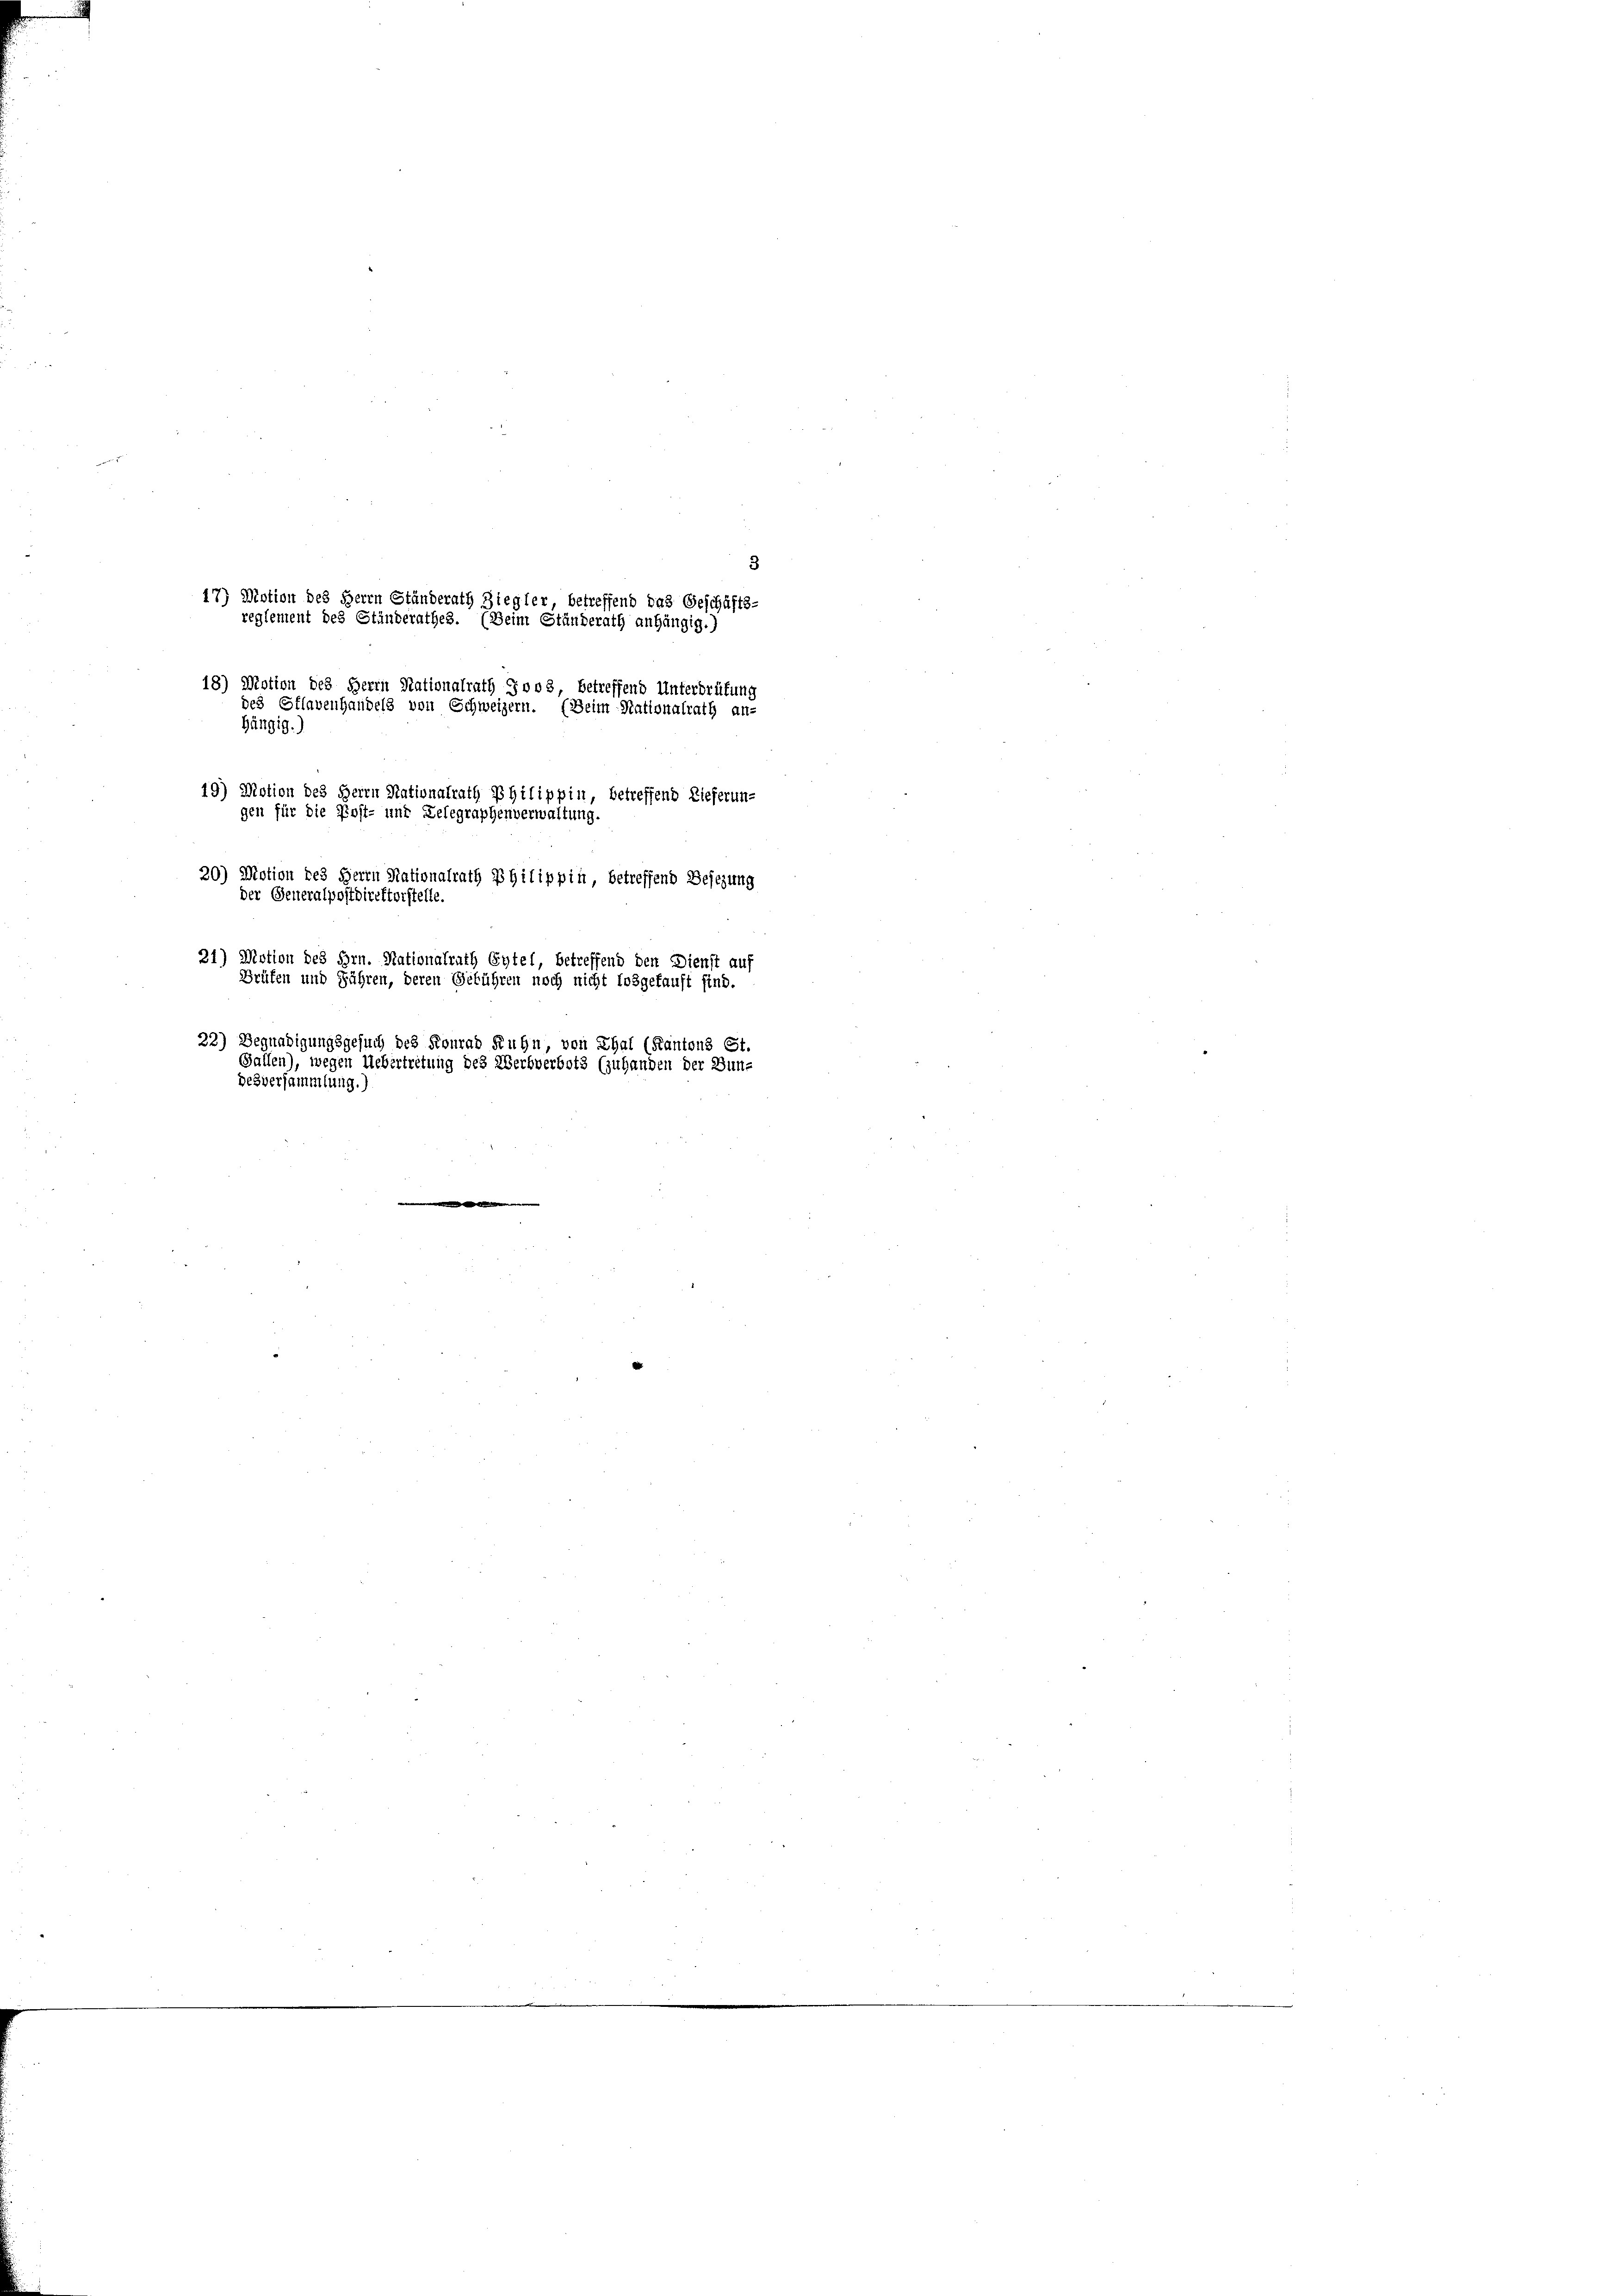
3
18) Motion des Herrn Stationalrath Jvo8, betreffend Unterdrüfung
des Pflavenhandels von Schweizern. (Beim Stationalrath an-
hängig.)
19) Motion des Herrn Nationalrath Philippin, betreffend Lieferung
gen für die Post- und
elegraphenverwaltung.
20) Motion des Herrn Nationalrath Philippin, betreffend Besizung
21) Motion des Hrn. Nationalrath Eytel, betreffend den Dienst auf
Brüfen und Fähren, deren Geführen noch nicht losgekauft sind.
32) Begnadigungsgesuch des Fourad Kuhn, von Thal (Kantons St.
Gallen), wegen Uebertretung des Werbverbots (zuhanden der Bundesversammlung.)

17) Motion des Herrn Ständerath Ziegler betreffend das Geschäfts-
reglement des Ständerathes. (Beim Ständerath anhängig.)